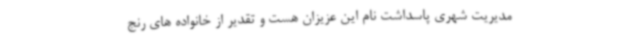
مدیریت شهری پاسداشت نام این عزیزان هست و تقدیر از خانواده های رنج